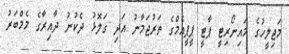
މަޖިލީހުގެ މައިނޯރިޓީ ޕާޓީ ޕީޕީއެމްގެ ތަރުޖަމާނު އަދި ގަލޮޅު ދެކުނު ދާއިރާގެ މެމްބަރު